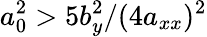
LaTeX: a_{0}^{2}>5b_{y}^{2}/(4a_{xx})^{2}